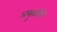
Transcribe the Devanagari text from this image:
अचुकतेणे